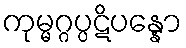
ကုမ္မဂ္ဂပ္ပဋိပန္နော